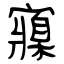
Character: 寱